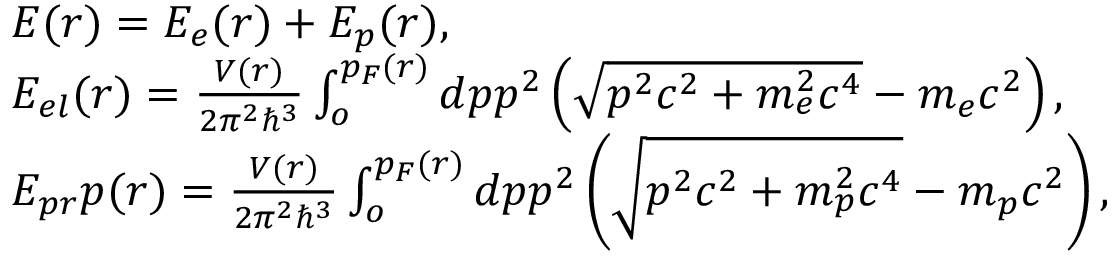
\begin{array} { l } { E ( r ) = E _ { e } ( r ) + E _ { p } ( r ) , } \\ { E _ { e l } ( r ) = \frac { V ( r ) } { 2 \pi ^ { 2 } \hbar ^ { 3 } } \int _ { o } ^ { p _ { F } ( r ) } d p p ^ { 2 } \left( \sqrt { p ^ { 2 } c ^ { 2 } + m _ { e } ^ { 2 } c ^ { 4 } } - m _ { e } c ^ { 2 } \right) , } \\ { E _ { p r } p ( r ) = \frac { V ( r ) } { 2 \pi ^ { 2 } \hbar ^ { 3 } } \int _ { o } ^ { p _ { F } ( r ) } d p p ^ { 2 } \left( \sqrt { p ^ { 2 } c ^ { 2 } + m _ { p } ^ { 2 } c ^ { 4 } } - m _ { p } c ^ { 2 } \right) , } \end{array}